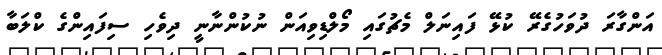
އަންގާރަ ދުވަހުގެރޭ ކުޅޭ ފައިނަލް މެޗުގައި މޯލްޑިވިއަން ނުކުންނާނީ ދިވެހި ސިފައިންގެ ކްލަބާ